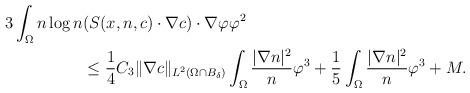
LaTeX: \begin{align*}\begin{aligned}3\int_{\Omega}n\log n & ( S(x,n,c) \cdot \nabla c ) \cdot\nabla \varphi \varphi^{2}\\&\le \frac{1}{4}C_{3} \|\nabla c\|_{L^{2}(\Omega\cap B_{\delta})} \int_{\Omega} \frac{|\nabla n|^{2}}{n}\varphi^{3}+\frac{1}{5}\int_{\Omega} \frac{|\nabla n|^{2}}{n}\varphi^{3}+M.\end{aligned}\end{align*}